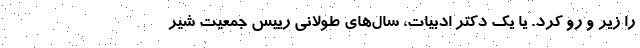
را زیر و رو کرد. یا یک دکترِ ادبیات، سال‌های طولانی رییس جمعیت شیر